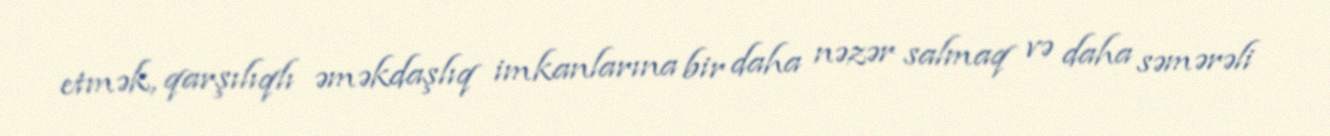
etmək, qarşılıqlı əməkdaşlıq imkanlarına bir daha nəzər salmaq və daha səmərəli